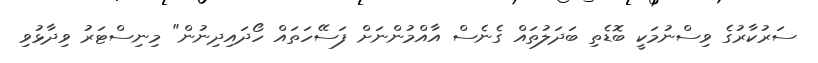
ސަރުކާރުގެ ވިސްނުމަކީ ބޮޑެތި ބަދަލުތައް ގެނެސް އާއްމުންނަށް ފަސޭހަތައް ހޯދައިދިނުން" މިނިސްޓަރު ވިދާޅުވި